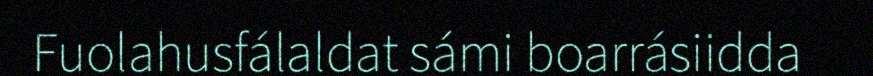
Fuolahusfálaldat sámi boarrásiidda